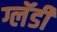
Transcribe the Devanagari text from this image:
ग्लॅडी